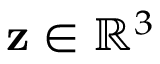
\mathbf { z } \in \mathbb { R } ^ { 3 }